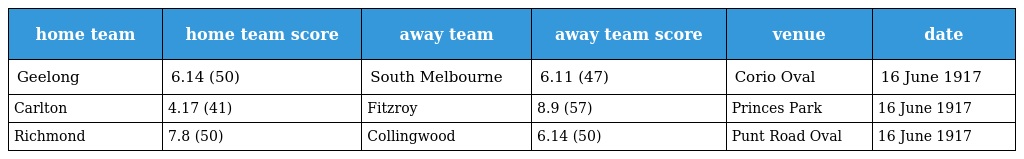
| home team | home team score | away team | away team score | venue | date |
 | --- | --- | --- | --- | --- | --- |
 | Geelong | 6.14 (50) | South Melbourne | 6.11 (47) | Corio Oval | 16 June 1917 |
 | Carlton | 4.17 (41) | Fitzroy | 8.9 (57) | Princes Park | 16 June 1917 |
 | Richmond | 7.8 (50) | Collingwood | 6.14 (50) | Punt Road Oval | 16 June 1917 |